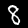
Digit: 8